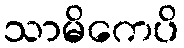
သာမိကေပိ